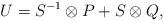
LaTeX: \begin{align*}U = S^{-1} \otimes P + S\otimes Q,\end{align*}